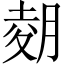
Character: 𫆢